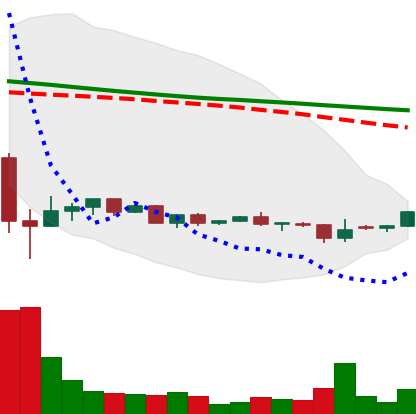
Ticker: DOGE-USD
Chart end date: 2022-05-30
Forward return: -6.935%
Label: down_5_7